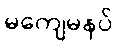
မကျေမနပ်